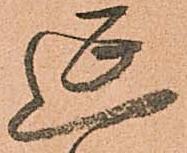
延